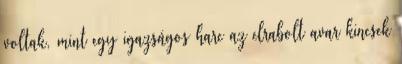
voltak, mint egy igazságos harc az elrabolt avar kincsek